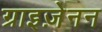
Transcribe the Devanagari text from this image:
ग्राइज़ेनन